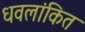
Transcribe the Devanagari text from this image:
धवलांकित